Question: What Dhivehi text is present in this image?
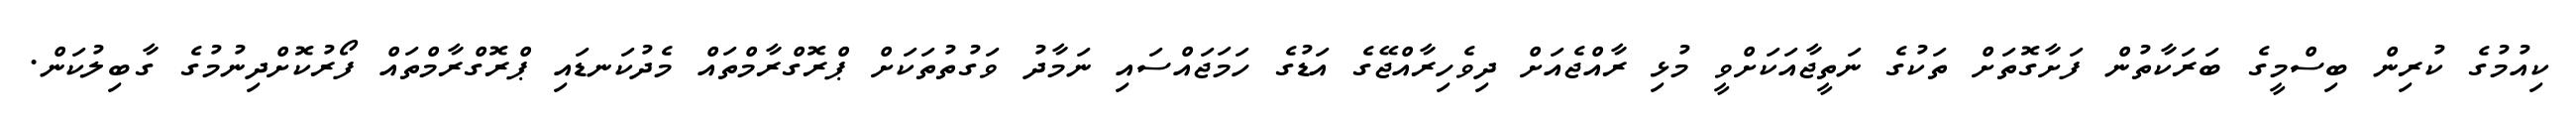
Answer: ކިއުމުގެ ކުރިން ބިސްމީގެ ބަރަކާތުން ފަށާގޮތަށް ތަކުގެ ނަތީޖާއަކަށްވީ މުޅި ރާއްޖެއަށް ދިވެހިރާއްޖޭގެ އަޑުގެ ހަމަޖައްސައި ނަމާދު ވަގުތުތަކަށް ޕްރޮގްރާމްތައް މެދުކަނޑައި ޕްރޮގްރާމްތައް ފޯރުކޮށްދިނުމުގެ ގާބިލުކަން.